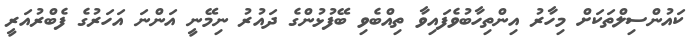
ކައުންސިލްތަކަށް މިހާރު އިންތިހާބުވެފައިވާ ތިއްބެވި ބޭފުޅުންގެ ދައުރު ނިމޭނީ އަންނަ އަހަރުގެ ފެބްރުއަރީ